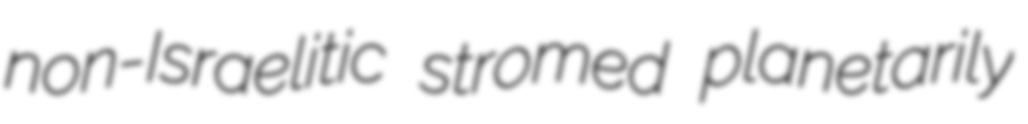
non-Israelitic stromed planetarily